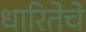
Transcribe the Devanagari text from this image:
धारितेचे